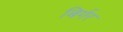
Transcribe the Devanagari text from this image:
बिर्गर